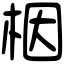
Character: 栶